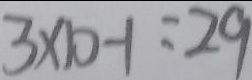
3 \times 1 0 - 1 = 2 9